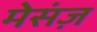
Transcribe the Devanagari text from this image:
मेसंज़